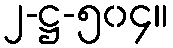
၂-ဋ္ဌ-၅၀၄။